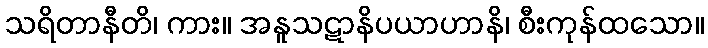
သရိတာနီတိ၊ ကား။ အနူသဋာနိပယာဟာနိ၊ စီးကုန်ထသော။